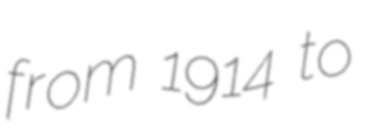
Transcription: from 1914 to